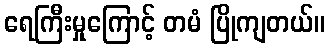
ရေကြီးမှုကြောင့် တမံ ပြိုကျတယ်။